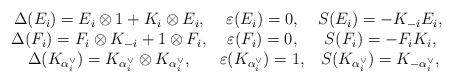
LaTeX: \begin{align*}\begin{array}{ccc}\Delta (E_i)=E_i\otimes 1+K_i\otimes E_i,& \varepsilon (E_i)=0,& S(E_i)=-K_{-i}E_i,\\\Delta (F_i)=F_i\otimes K_{-i}+1\otimes F_i,& \varepsilon (F_i)=0,& S(F_i)=-F_iK_i,\\\Delta (K_{\alpha_i^{\vee}})=K_{\alpha_i^{\vee}}\otimes K_{\alpha_i^{\vee}},& \varepsilon (K_{\alpha_i^{\vee}})=1,& S(K_{\alpha_i^{\vee}})=K_{-\alpha_i^{\vee}},\end{array}\end{align*}